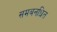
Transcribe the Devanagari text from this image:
समबनधित